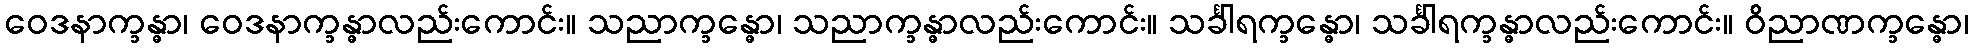
ဝေဒနာက္ခန္ဓာ၊ ဝေဒနာက္ခန္ဓာလည်းကောင်း။ သညာက္ခန္ဓော၊ သညာက္ခန္ဓာလည်းကောင်း။ သင်္ခါရက္ခန္ဓော၊ သင်္ခါရက္ခန္ဓာလည်းကောင်း။ ဝိညာဏက္ခန္ဓော၊